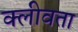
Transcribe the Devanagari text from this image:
क्लीवता